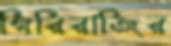
গিরিরাজির